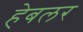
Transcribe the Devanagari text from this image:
हेबलर